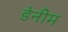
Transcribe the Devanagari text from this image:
डेनीम